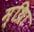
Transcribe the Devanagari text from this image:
म्थ्राि